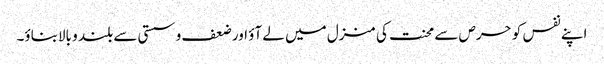
اپنے نفس کو حرص سے محنت کی منزل میں لے آؤ اور ضعف و سستی سے بلند و بالابناؤ۔